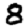
Digit: 8